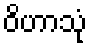
ဝိဟာသုံ